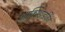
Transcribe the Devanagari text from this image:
आक्सिडाइजिंग